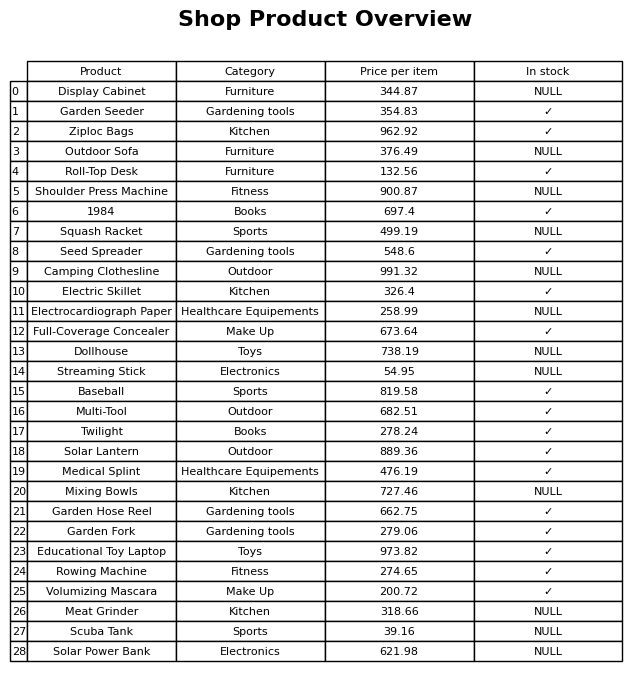
question: What is the price of the Garden Seeder?
answer: The price of Garden Seeder is 354.83.